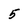
Character: 5